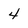
Character: 4